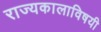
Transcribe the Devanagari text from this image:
राज्यकालाविषयी